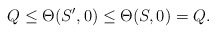
\begin{align*}Q\leq\Theta (S', 0)\leq \Theta (S, 0) =Q.\end{align*}